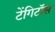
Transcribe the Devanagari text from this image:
टेंगिटॉस